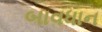
બાવધાન